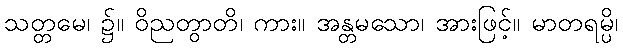
သတ္တမေ၊ ၌။ ဝိညတွာတိ၊ ကား။ အန္တမသော၊ အားဖြင့်။ မာတရမ္ပိ၊